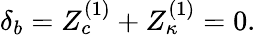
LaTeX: \delta_{b}=Z_{c}^{(1)}+Z_{\kappa}^{(1)}=0.